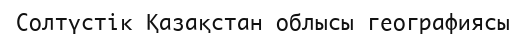
Солтүстік Қазақстан облысы географиясы